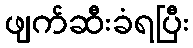
ဖျက်ဆီးခံရပြီး